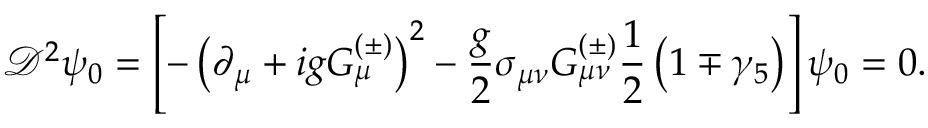
\mathcal { D } ^ { 2 } \psi _ { 0 } = \left[ - \left( \partial _ { \mu } + i g G _ { \mu } ^ { \left( \pm \right) } \right) ^ { 2 } - \frac { g } { 2 } \sigma _ { \mu \nu } G _ { \mu \nu } ^ { \left( \pm \right) } \frac { 1 } { 2 } \left( 1 \mp \gamma _ { 5 } \right) \right] \psi _ { 0 } = 0 .